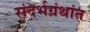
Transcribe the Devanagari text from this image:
संदर्भग्रंथांत